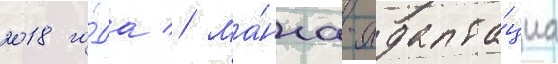
2018 го́да // Ма́нга-адапта́циа